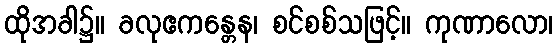
ထိုအခါ၌။ ခလုဧကန္တေန၊ စင်စစ်သဖြင့်။ ကုဏာလော၊